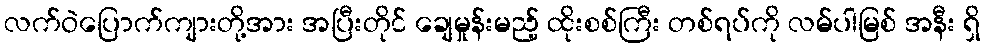
လက်ဝဲပြောက်ကျားတို့အား အပြီးတိုင် ချေမှုန်းမည့် ထိုးစစ်ကြီး တစ်ရပ်ကို လမ်ပါမြစ် အနီး ရှိ